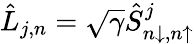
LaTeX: \hat{L}_{j,n}=\sqrt{\gamma}\hat{S}_{n\downarrow,n\uparrow}^{j}